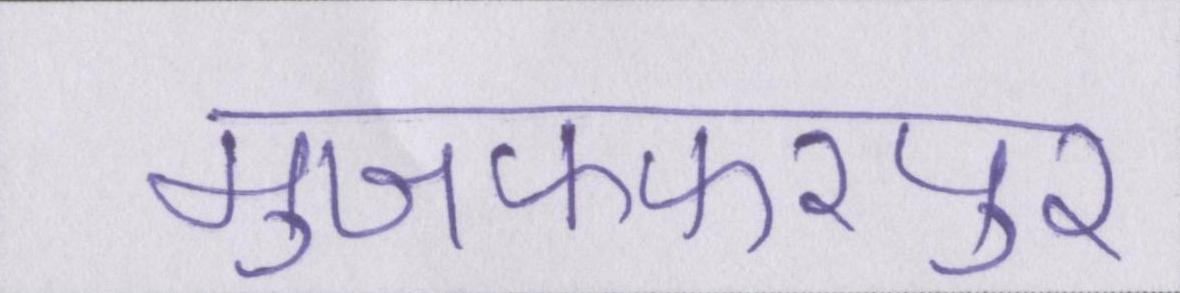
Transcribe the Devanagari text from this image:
मुजफ्फरपुर